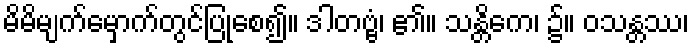
မိမိမျက်မှောက်တွင်ပြုစေ၍။ ဒါတဗ္ဗံ၊ ၏။ သန္တိကေ၊ ၌။ ဝသန္တဿ၊